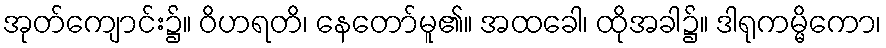
အုတ်ကျောင်း၌။ ဝိဟရတိ၊ နေတော်မူ၏။ အထခေါ၊ ထိုအခါ၌။ ဒါရုကမ္မိကော၊